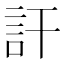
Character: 訐